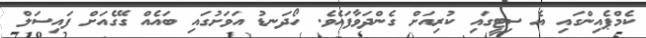
ކެމްޕެއިންގައި އެ ސިޓީގައި ކުރިއަށް ގެންދަވާފައެވެ. ހޯދަނޑު އަވަށުގައި ބައެއް ގޭގެއަށް ފައިސަލް